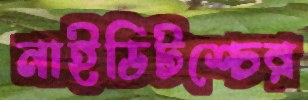
নাইডিটশ্চের